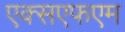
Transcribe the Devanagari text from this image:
एक्सएफएम